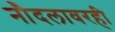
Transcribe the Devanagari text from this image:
नौदलावरही